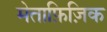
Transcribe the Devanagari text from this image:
मेताफ़िज़िक